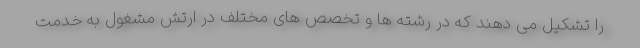
را تشکیل می دهند که در رشته ها و تخصص های مختلف در ارتش مشغول به خدمت